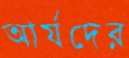
আর্যদের